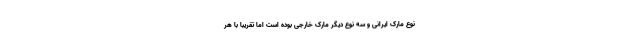
نوع مارک ایرانی و سه نوع دیگر مارک خارجی بوده است اما تقریبا با هر